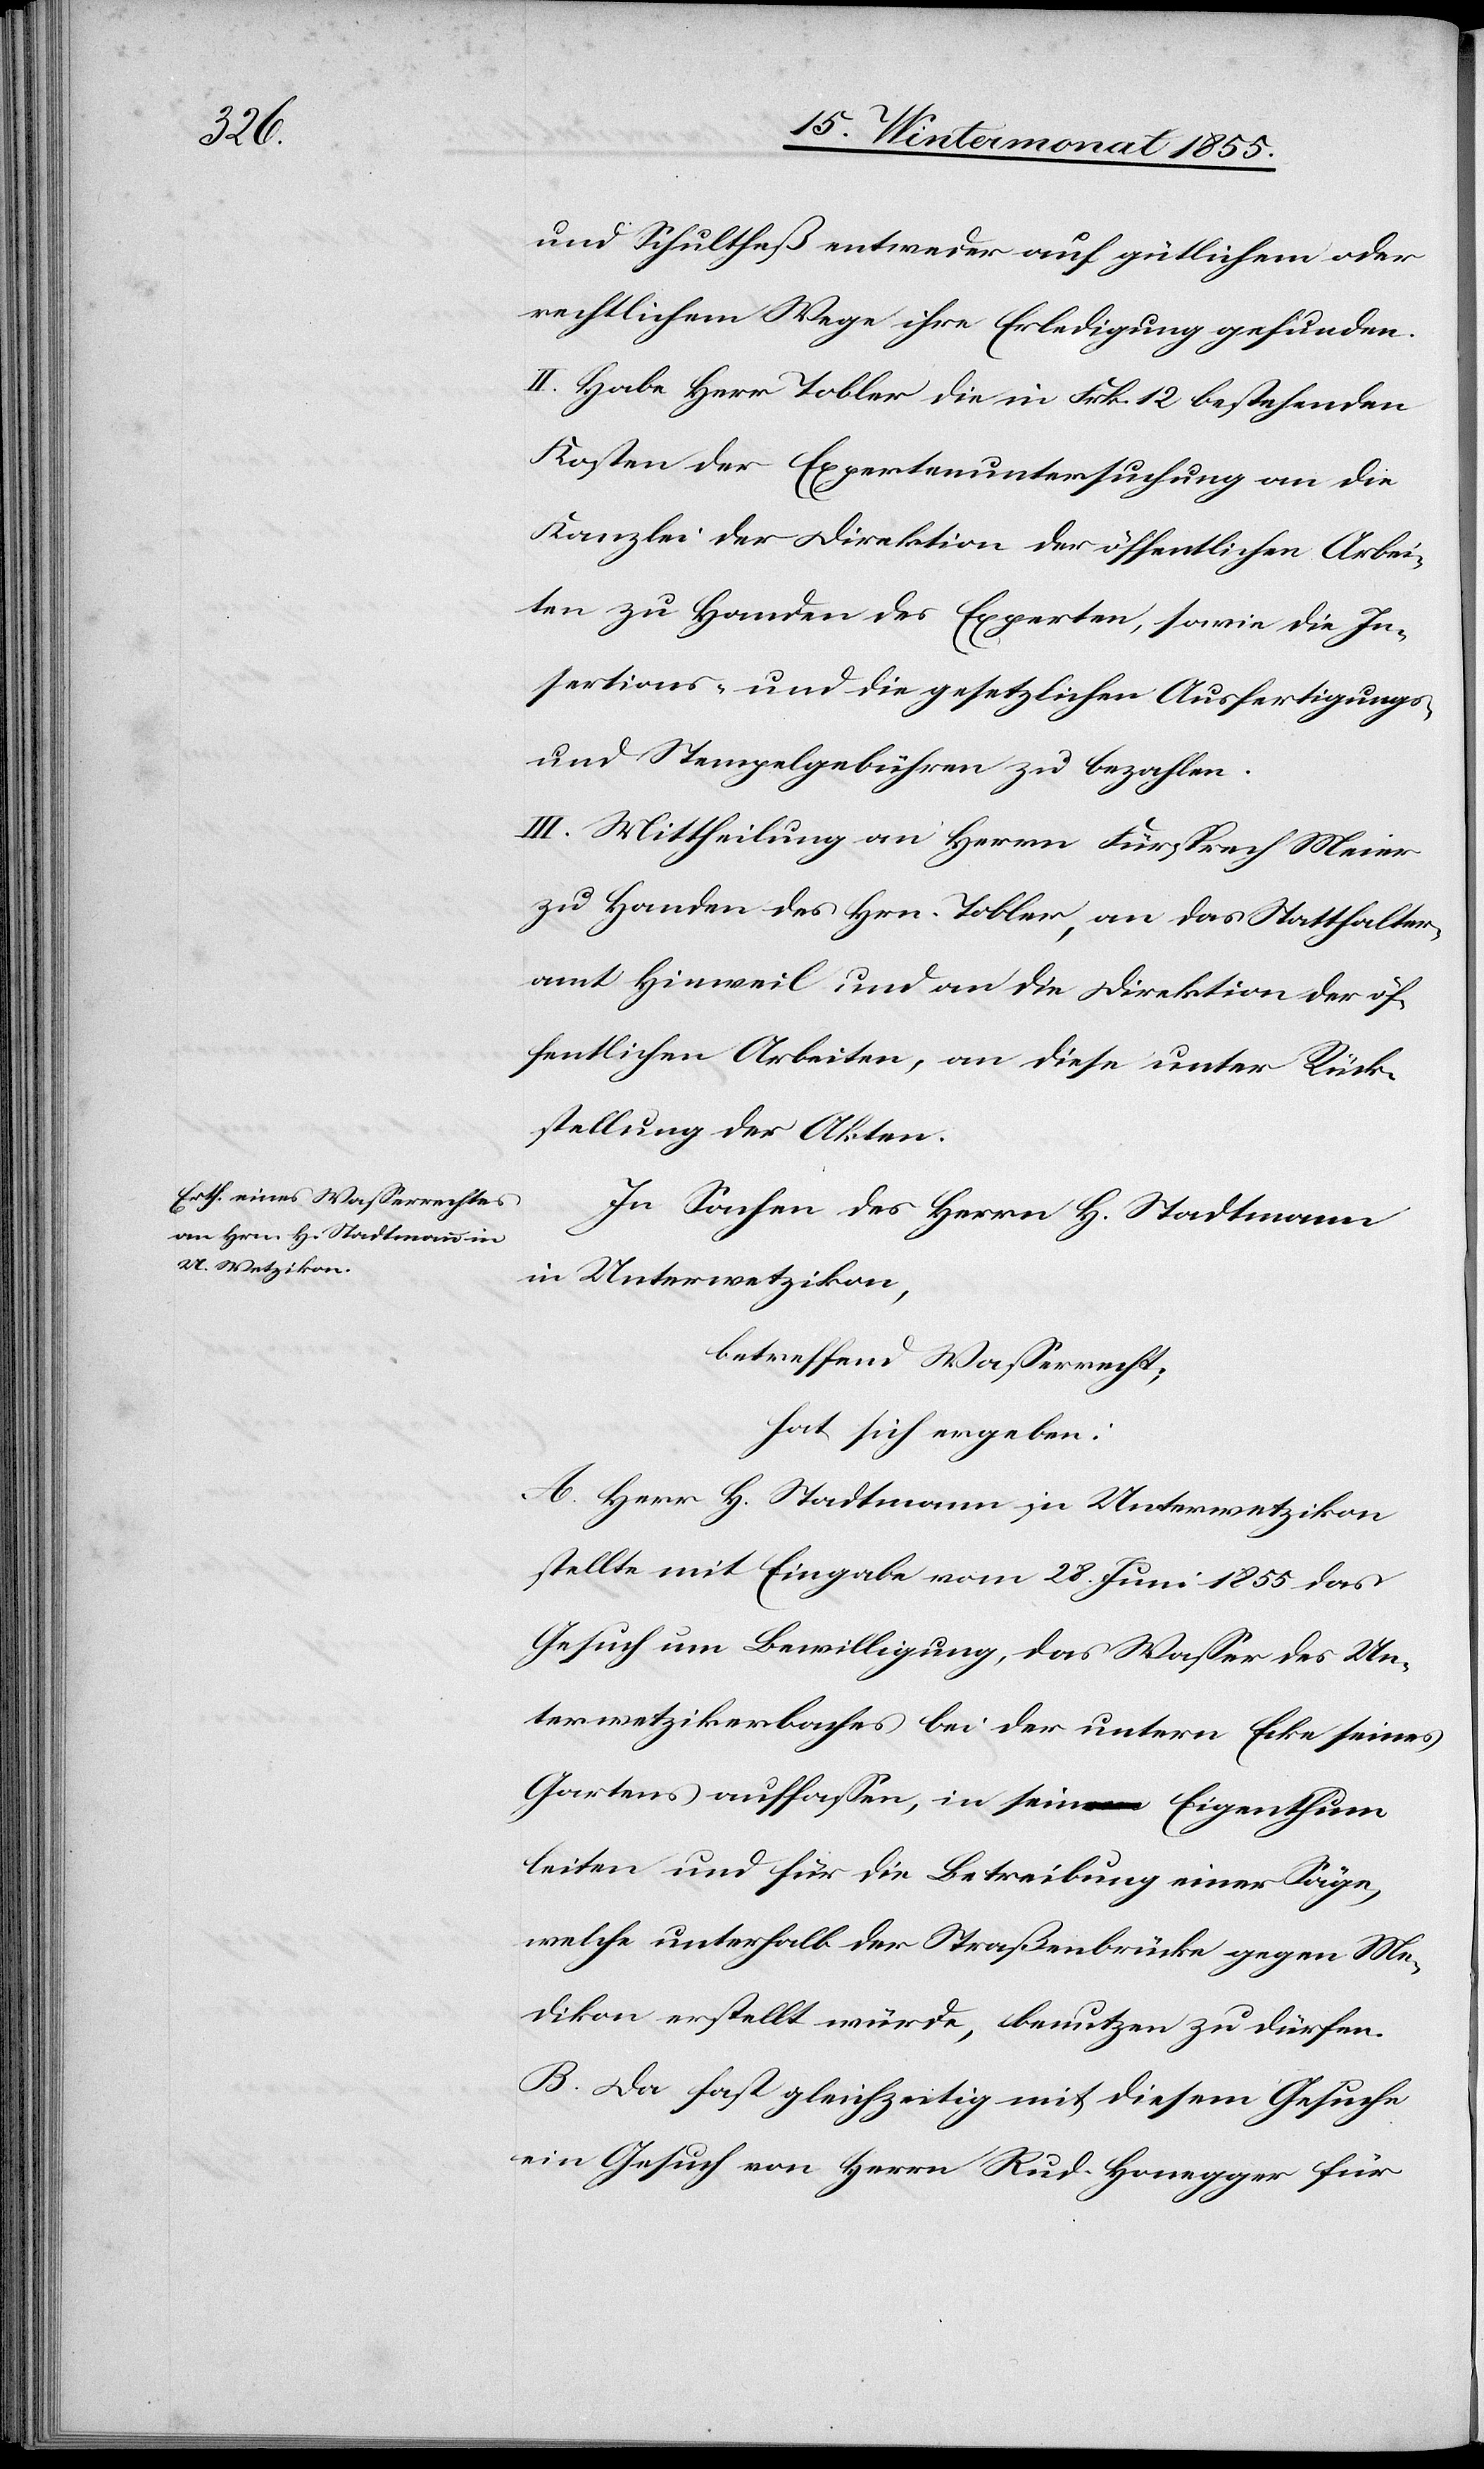
und Schultheß entweder auf gütlichem oder
rechtlichem Wege ihre Erledigung gefunden.
II. Habe Herr Tobler die in Frk. 12 bestehenden
Kosten der Expertenuntersuchung an die
Kanzlei der Direktion der öffentlichen Arbei¬
ten zu Handen des Experten, sowie die In¬
sertions- und die gesetzlichen Ausfertigungs-
und Stempelgebühren zu bezahlen.
III. Mittheilung an Herrn Fürsprech Meier
zu Handen des Hrn. Tobler, an das Statthalter¬
amt Hinweil und an die Direktion der öf¬
fentlichen Arbeiten, an diese unter Rück¬
stellung der Akten.
In Sachen des Herrn H. Stadtmann
in Unterwetzikon,
betreffend Wasserrecht,
hat sich ergeben:
A. Herr H. Stadtmann in Unterwetzikon
stellte mit Eingabe vom 28. Juni 1855 das
Gesuch um Bewilligung, das Wasser des Un¬
terwetzikerbaches bei der untern Ecke seines
Gartens auffassen, in sein Eigenthum
leiten und für die Betreibung einer Säge,
welche unterhalb der Straßenbrücke gegen Me¬
dikon erstellt würde, benutzen zu dürfen.
B. Da fast gleichzeitig mit diesem Gesuche
ein Gesuch von Herrn Rud. Honegger für